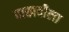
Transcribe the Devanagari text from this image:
दाखवीला